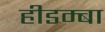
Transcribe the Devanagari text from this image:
हीडम्बा